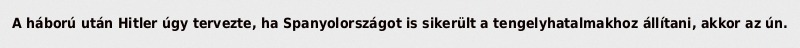
A háború után Hitler úgy tervezte, ha Spanyolországot is sikerült a tengelyhatalmakhoz állítani, akkor az ún.